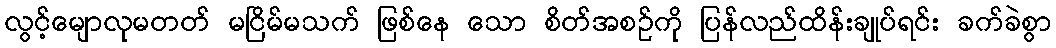
လွင့်မျောလုမတတ် မငြိမ်မသက် ဖြစ်နေ သော စိတ်အစဉ်ကို ပြန်လည်ထိန်းချုပ်ရင်း ခက်ခဲစွာ